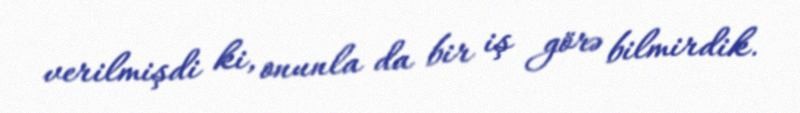
verilmişdi ki, onunla da bir iş görə bilmirdik.